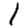
Digit: 1